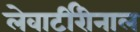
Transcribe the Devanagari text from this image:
लेवार्टीरीनाल